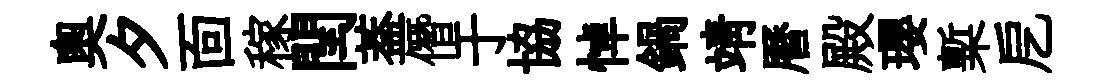
奥夕靣稼閏葢僭于協悼鍋靖曆殿瓔槧戹